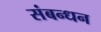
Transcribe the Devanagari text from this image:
संबन्धन